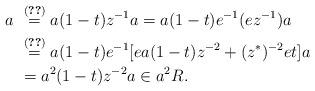
LaTeX: \begin{align*} a &~\stackrel{(\ref{2.17})}{=}a(1-t)z^{-1}a=a(1-t)e^{-1}(ez^{-1})a\\ &~\stackrel{(\ref{2.20})}{=}a(1-t)e^{-1}[ea(1-t)z^{-2}+(z^{\ast})^{-2}et]a\\ &~=a^2(1-t)z^{-2}a\in a^2R.\end{align*}